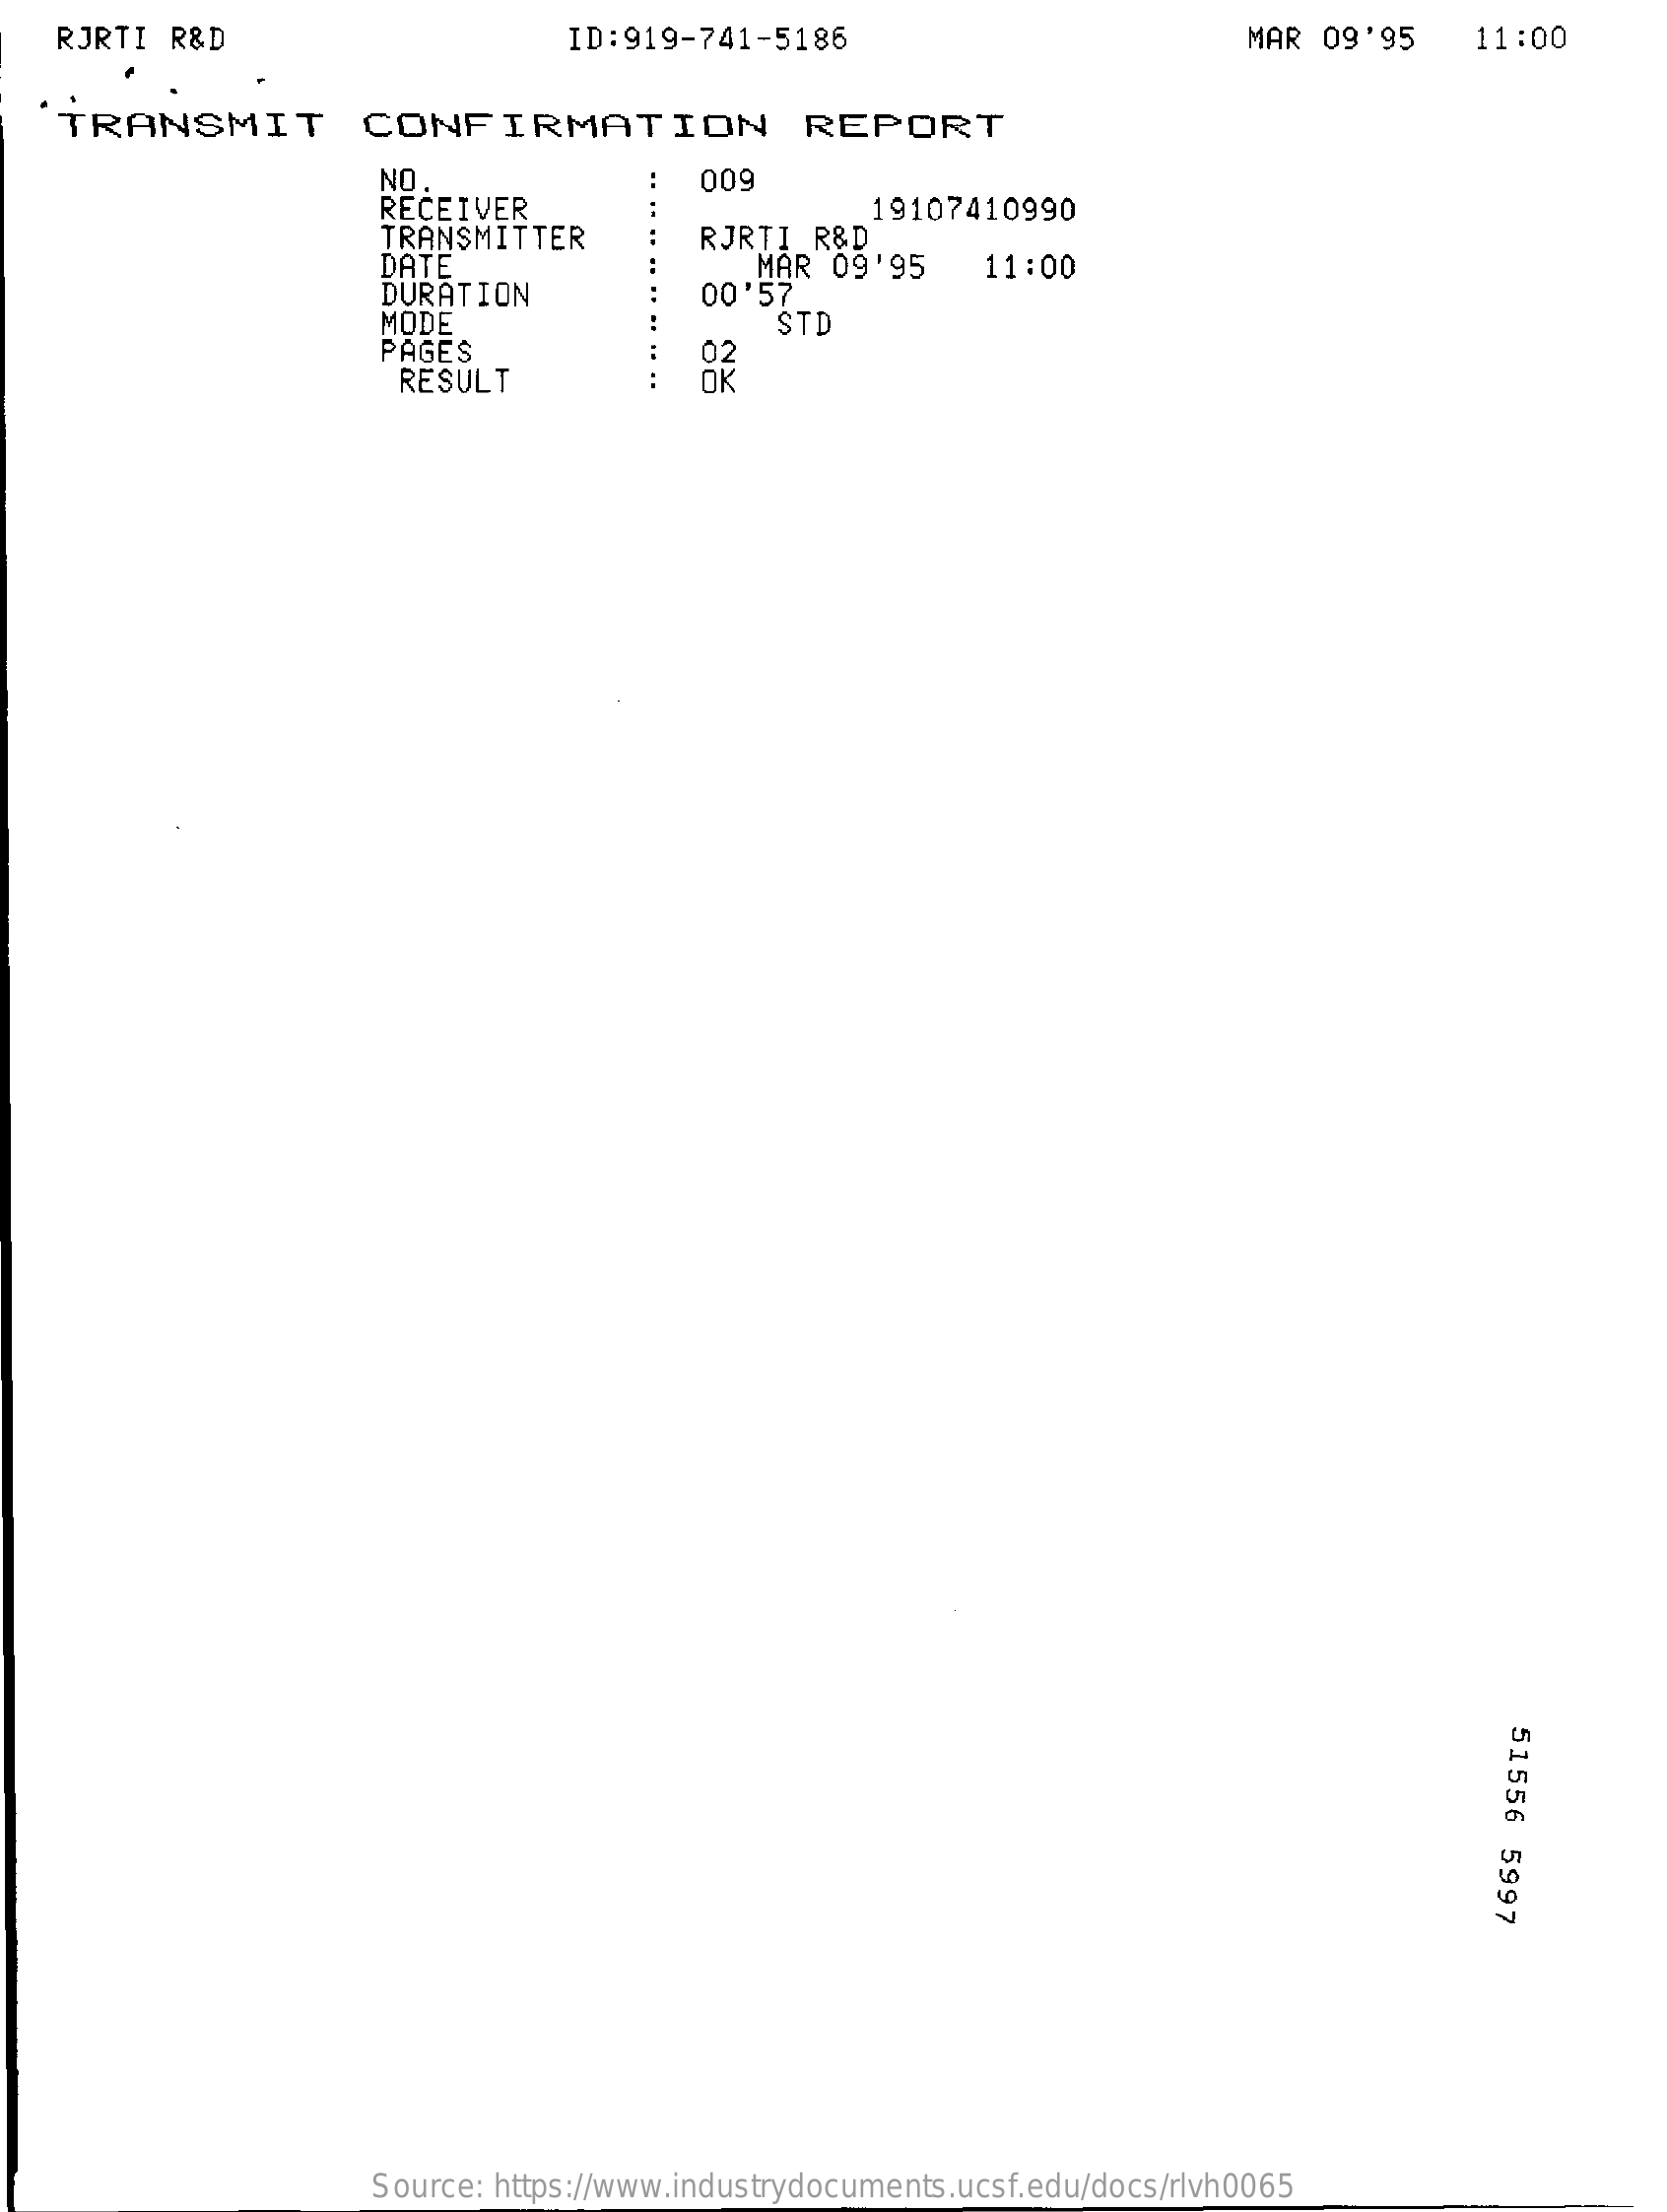
RJRTI  R&D    ID:919-741-5186    MAR  09'95    11:00
    TRANSMIT    CONFIRMATION    REPORT
     NO
     RECEIVER
     009
     TRANSMITTER    RJRTI  R&D
     19107410990
     DATE
     DURATION
     MAR  09'95
     00'57
     11:00
     MODE    STD
     PAGES
     RESULT
     02
     OK
     51556
     5997
     Source: https://www.industrydocuments.ucsf.edu/docs/rlvh0065